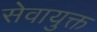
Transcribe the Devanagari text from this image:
सेवायुक्त